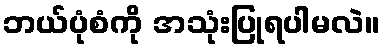
ဘယ်ပုံစံကို အသုံးပြုရပါမလဲ။